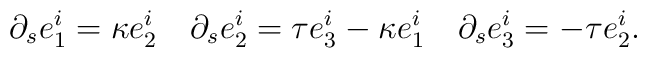
\partial_{s}e_{1}^{i}=\kappa e_{2}^{i}\quad\partial_{s}e_{2}^{i}=\tau e_{3}^{i}-\kappa e_{1}^{i}\quad\partial_{s}e_{3}^{i}=-\tau e_{2}^{i}.